Lunatic asylums Punjab 1868-1880 - 1868-1880
Year: 1868
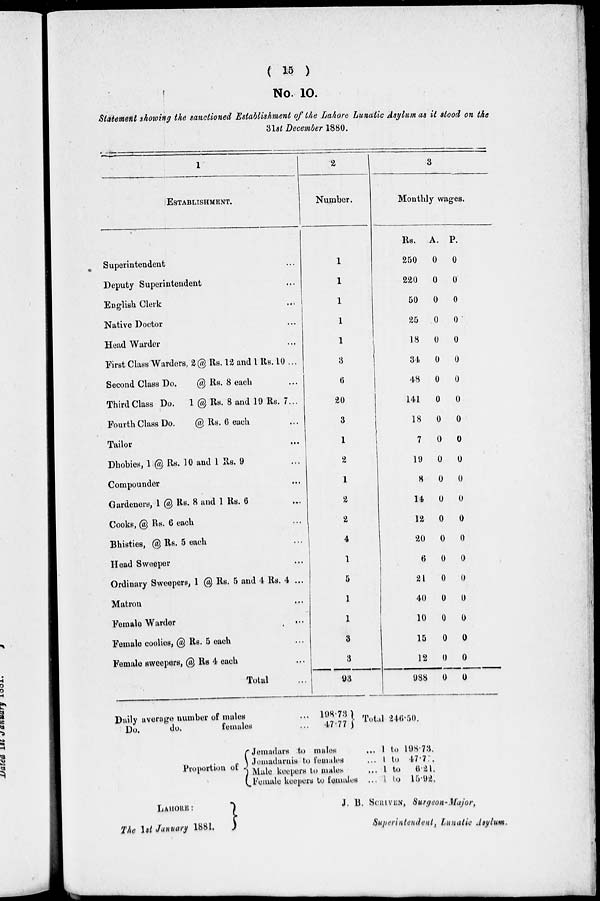
( 15 )
No. 10.
Statement showing the sanctioned Establishment of the Lahore Lunatic Asylum as it stood on the
31st December 1880.
1
ESTABLISHMENT.
Superintendent ...
Deputy Superintendent ...
English Clerk ...
Native Doctor ...
Head Warder ...
First Class Warders, 2 @ Rs. 12 and 1 Rs. 10 ...
Second Class Do.
@ Rs. 8 each ...
Third Class Do.
1 @ Rs. 8 and 19 Rs. 7 ...
Fourth Class Do.
@ Rs. 6 each ...
Tailor ...
Dhobies, 1 @ Rs. 10 and 1 Rs. 9 ...
Compounder ...
Gardeners, 1 @ Rs. 8 and 1 Rs. 6 ...
Cooks, @ Rs. 6 each ...
Bhisties, @ Rs. 5 each ...
Head Sweeper ...
Ordinary Sweepers, 1 @ Rs. 5 and 4 Rs. 4 ...
Matron ...
Female Warder ...
Female coolies, @ Rs. 5 each ...
Female sweepers, @ Rs 4 each ...
Total ...
2
Number.
1
1
1
1
1
3
6
20
3
1
2
1
2
2
4
1
5
1
1
3
3
93
3
Monthly wages.
Rs.
250
220
50
25
18
34
48
141
18
7
19
8
14
12
20
6
21
40
10
15
12
988
A.
0
0
0
0
0
0
0
0
0
0
0
0
0
0
0
0
0
0
0
0
0
0
P.
0
0
0
0
0
0
0
0
0
0
0
0
0
0
0
0
0
0
0
0
0
0
Daily average number of males ...
Do.
do.
females ...
198.73
47.77
Total 246.50.
Proportion of
Jemadars to males ...
Jemadarnis to females ...
Male keepers to males ...
Female keepers to females ...
1 to 198.73.
1 to 47.77.
1 to
6.21.
1 to 15.92.
LAHORE:
The 1st January 1881.
J. B. SCRIVEN, Surgeon-Major,
Superintendent, Lunatic Asylum.